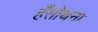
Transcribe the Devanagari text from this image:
हँसोथना